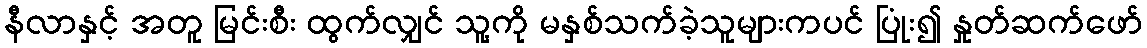
နီလာနှင့် အတူ မြင်းစီး ထွက်လျှင် သူ့ကို မနှစ်သက်ခဲ့သူများကပင် ပြုံး၍ နှုတ်ဆက်ဖော်